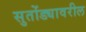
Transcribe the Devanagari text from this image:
सुतोंड्यावरील